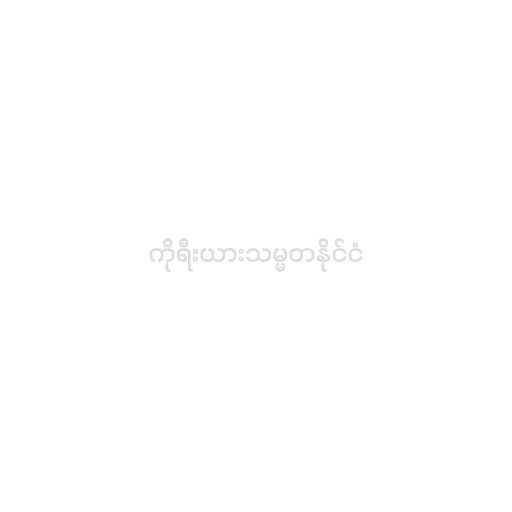
ကိုရီးယားသမ္မတနိုင်ငံ